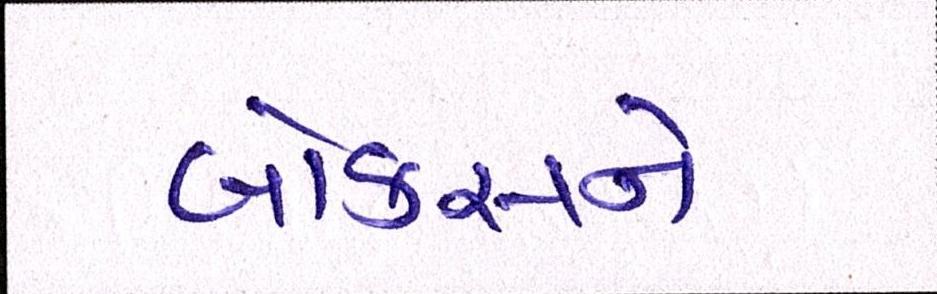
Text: બોક્સને